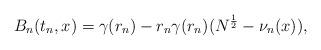
LaTeX: \begin{align*}B_n(t_n,x)=\gamma (r_n)-r_n\gamma (r_n)(N^{\frac{1}{2}}-\nu_n(x)), \end{align*}